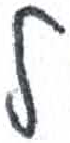
אות: ל